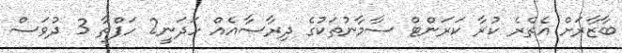
ބާޒާރަށް އެތެރެ ކުރާ ކަރަންޓް ސާމާނުތަކުގެ ދިރާސާއެއް ހަދަނީ2 ހަފްތާ 3 ދުވަސް